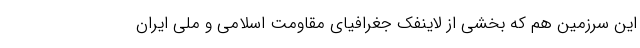
این سرزمین هم که بخشی از لاینفک جغرافیای مقاومت اسلامی و ملی ایران